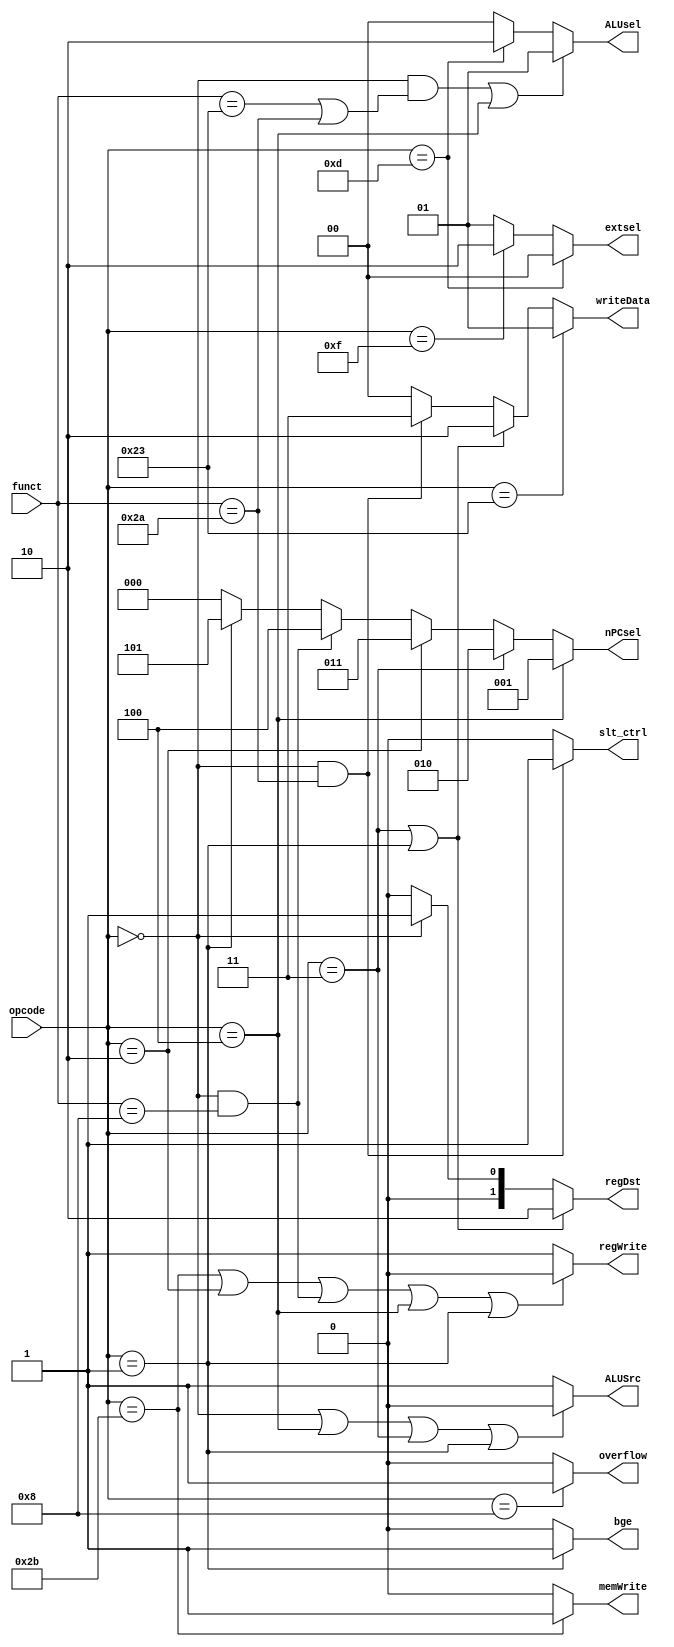
module control(opcode,funct,regDst,ALUSrc,writeData,regWrite,memWrite,nPCsel,extsel,ALUsel,overflow,slt_ctrl,bge);
  input [5:0]opcode;
  input [5:0]funct;
  output [2:0]nPCsel;
  output [1:0]regDst,extsel,writeData,ALUsel;
  output slt_ctrl,bge;
  reg [2:0]nPCsel1;
  reg [1:0]regDst1,extsel1,writeData1,ALUsel1;
  output ALUSrc,memWrite,overflow,regWrite; 
  //memtoReg
  always@(*)
  begin
    if(opcode==6'b000011||opcode==6'b000001)//jal &bge
      regDst1<=2'b10;
    else if(opcode==6'b000000)
      regDst1<=2'b01;
    else
      regDst1<=2'b00;
      
    if(opcode==6'b100011)
      writeData1<=2'b01;
    else if(opcode==6'b000011||opcode==6'b000001)//jal & bge
      writeData1<=2'b10;
    else if(opcode==6'b000000&&funct==6'b101010)
      writeData1<=2'b11;
    else
      writeData1<=2'b00;
      
    if(opcode==6'b000100)
      nPCsel1<=3'b001;
    else if(opcode==6'b000011)//jal
      nPCsel1<=3'b010;
    else if(opcode==6'b000010)//j
      nPCsel1<=3'b011;
    else if(opcode==6'b000000&&funct==6'b001000)
      nPCsel1<=3'b100;
    else if(opcode==6'b000001)//bge
      nPCsel1<=3'b101;
    else
      nPCsel1<=3'b000;
      
    if(opcode==6'b001101)
      extsel1<=2'b00;
    else if(opcode==6'b001111)
      extsel1<=2'b10;
    else
      extsel1<=2'b01;//bge
      
    if((opcode==6'b000000&&(funct==6'b100011||funct==6'b101010))||opcode==6'b000100)
      ALUsel1<=2'b01;
    else if(opcode==6'b001101)
      ALUsel1<=2'b10;
    else
      ALUsel1<=2'b00;//bge

  end
   
  assign ALUSrc=(opcode==6'b000000||opcode==6'b000100||opcode==6'b000011||opcode==6'b000001)?0:1;//bge    
  assign regWrite=(opcode==6'b101011||opcode==6'b000010||(opcode==6'b000000&&funct==6'b001000)||opcode==6'b000100||(opcode==6'b000001))?0:1; //bge  
  assign memWrite=(opcode==6'b101011)?1:0;
  assign overflow=(opcode==6'b001000)?1:0;
  assign slt_ctrl=(opcode==6'b000000&&funct==6'b101010)?1:0;
  assign bge=(opcode==6'b000001)?1:0;
  
  assign regDst=regDst1;
  assign extsel=extsel1;
  assign nPCsel=nPCsel1;
  assign ALUsel=ALUsel1;
  assign writeData=writeData1;

endmodule